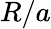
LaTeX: R/a